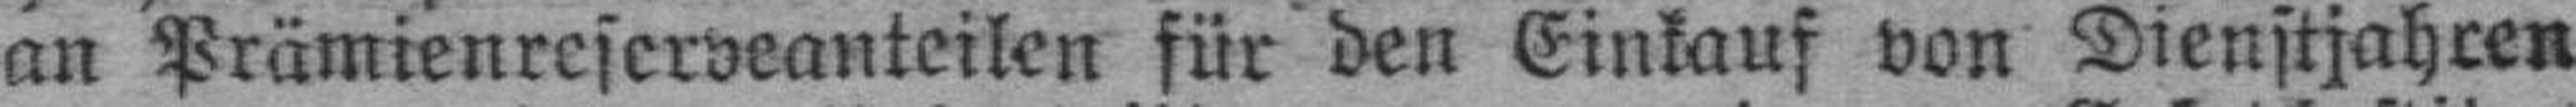
an Prämienreserveanteilen für den Einkauf von Dienstjahren